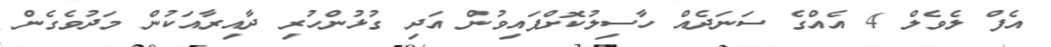
އެފް ލެވެލް 4 އެއްގެ ސަނަދެއް ހާސިލުކޮށްފައިވުން އަދި ގުޅުންހުރި ދާއިރާއަކުން މަދުވެގެން